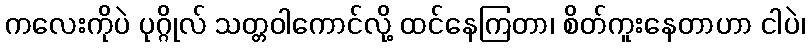
ကလေးကိုပဲ ပုဂ္ဂိုလ် သတ္တဝါကောင်လို့ ထင်နေကြတာ၊ စိတ်ကူးနေတာဟာ ငါပဲ၊